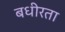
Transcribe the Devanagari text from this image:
बधीरता